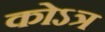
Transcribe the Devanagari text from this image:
कोऽत्र